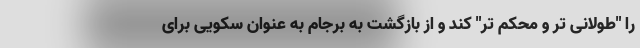
را "طولانی تر و محکم تر" کند و از بازگشت به برجام به عنوان سکویی برای